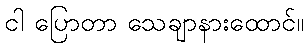
ငါ ပြောတာ သေချာနားထောင်။